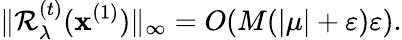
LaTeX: \| \mathcal{R}_{\lambda}^{(t)}(\mathbf{x}^{(1)})\| _{\infty}=O(M(|\mu|+\varepsilon)\varepsilon).